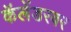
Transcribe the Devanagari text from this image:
कॅलेंडरवर